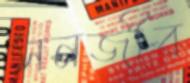
সনজীব